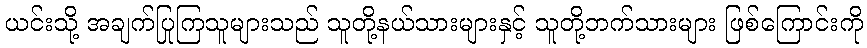
ယင်းသို့ အချက်ပြုကြသူများသည် သူတို့နယ်သားများနှင့် သူတို့ဘက်သားများ ဖြစ်ကြောင်းကို